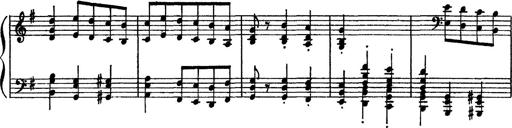
Title: Sarabande und Chaconne aus dem Singspiel
Composer: Franz Liszt